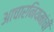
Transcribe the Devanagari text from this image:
आचारनियमांची